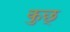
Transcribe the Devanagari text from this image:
कुछ्‍